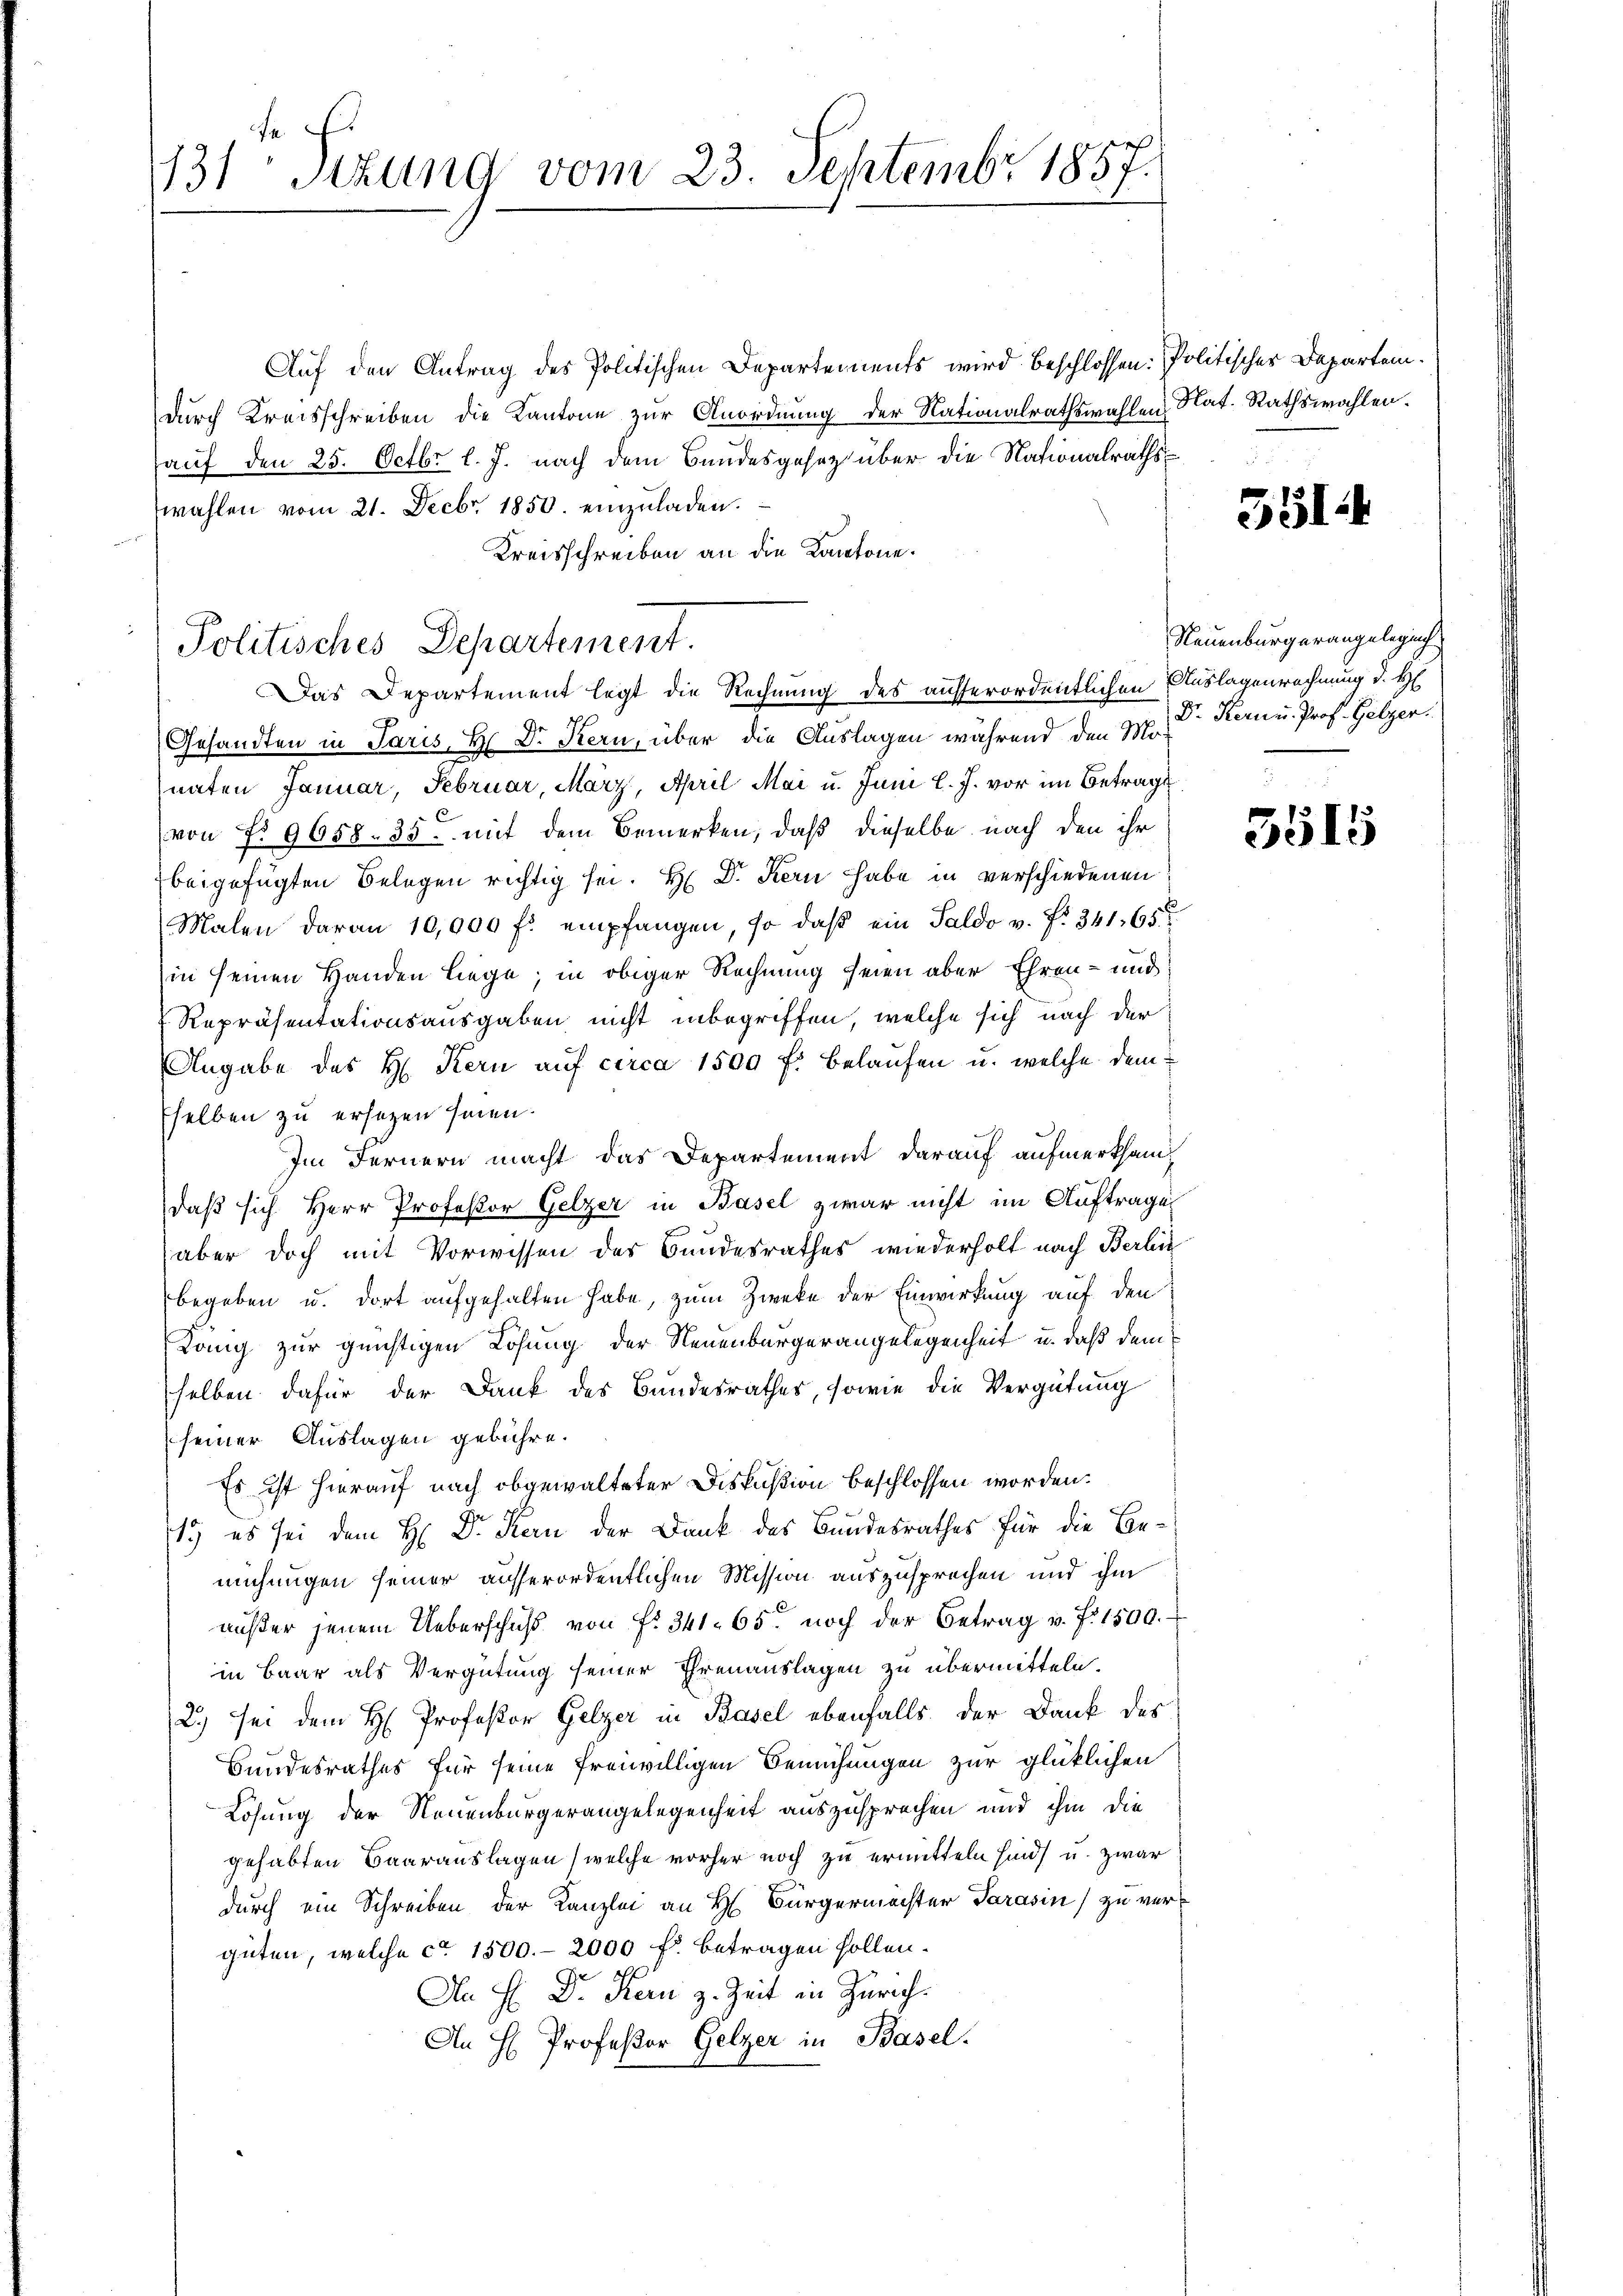
131 Sizung vom 23. Septembr 1857.

Auf den Antrag des Politischen Departements wird beschlossen: Politischer Departemdurch Kreisschreiben die Kantone zur Anordnung der Nationalrathswahlen Nat. Rathswahlen.
auf den 25. Octbr. l. J. nach dem Bundesgesezt über die Nationalrathswahlen vom 21. Decbr. 1850. einzŭladen.
Kreisschreiben an die Kantone.
Gesandten in Paris, H. Dr. Stern, über die Auslagen während den Mo
naten Januar, Februar, März, April Mai u. Juni l. J. vor im Betrags
von No 9658. 35. mit dem Bemerken, daß dieselbe nach den ihr
beigefügten Belegen richtig sei. H. Dr. Kern habe in verschiedenen
Malen daran 10,000 fl. empfangen, so daβ ein Saldo v. fr. 341, 65
in seinen Handen liege; in obiger Rechnung seien aber Ehren- und
Repräsentationsausgaben nicht inbegriffen, welche sich nach der
Angabe des H. Kern auf circa 1500 f: belaufen u. welche dem
Eselben zu ersetzen seien.
Im Fernern macht das Departement darauf aufmerksamdaß sich Herr Professor Gelzer in Basel zwar nicht im Auftrage
aber doch mit Vorwissen des Bundesrathes wiederholt nach Berli
begeben u. dort aufgehalten habe, zum Zwecke der Einwirkung auf den
Lang zur günstigen Losung der Neuenburgerangelegenheit u. daß dem
selben dafür der Dank des Bundesrathes, sowie die Vergütung
seiner Auslagen gebühre.
Es ist hierauf nach obgewalteter Diskußion beschlossen worden.
1) es sei dem H. Dr. Kern der Dank des Bundesrathes für die Bemühungen seiner ausserordentlichen Mission auszusprechen und ihm
aŭβer jenem Ueberschŭβ von f. 341. 65 noch der Betrag u. f. 1500.
in Baar als Vergütung seiner Ehrenauslagen zu übermitteln.
2.) sei dem H Professor Gelzer in Basel ebenfalls der Dank des
Bundesrathes für seine freiwilligen Bemühungen zur glücklichen
Lösung der Neuenburgerangelegenheit auszusprechen und ihm die
gehabten Baarauslagen (welche vorher noch zu ermitteln sind, u. zwar
durch ein Schreiben der Kanzlei an H. Bürgermachter Sarasin) zu vergüten, welche ca 1500.- 2000 f. betragen sollen.
An H. Dr. Kern z. Zeit in Zürich.
An H Professor Gelzer in Basel.

Politisches Departement.
Das Departement legt die Rechnung des ausserordentlichen Auslagenrechnung d. H

351:4

Neuenburgerangelegung
Dr. Kern u. Prof. Gelzer.

5515